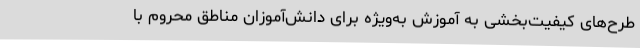
طرح‌های کیفیت‌بخشی به آموزش به‌ویژه برای دانش‌آموزان مناطق محروم با